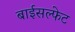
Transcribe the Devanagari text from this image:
बाईसल्फेट